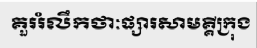
គួររំលឹកថាៈផ្សារសាមគ្គីក្រុង